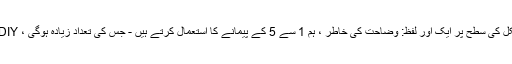
شروع کرنے سے پہلے ، مشکل کی سطح پر ایک اور لفظ: وضاحت کی خاطر ، ہم 1 سے 5 کے پیمانے کا استعمال کرتے ہیں - جس کی تعداد زیادہ ہوگی ، DIY کے کام کا مطالبہ زیادہ ہوگا۔